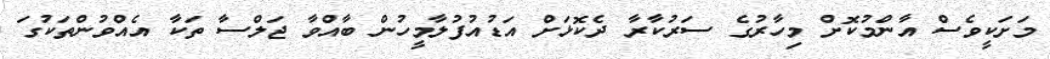
މަށަކީވެސް އާންމުކޮށް މިހާރުގެ ސަރުކާރާ ދެކޮޅަށް އަޑުއުފުލާމީހުން ބާއްވާ ޖަލްސާ ތަކާ އެއްވުންތަކުގަ